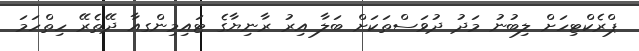
ޕްރެކްޓިހަށް ލިބުނު މަދު ދުވަސްތަކަށް ބަލާ އިރު ރާނިޔާގެ ޓައިމިންގއާ ދޭތެރޭ ހިތްހަމަ